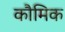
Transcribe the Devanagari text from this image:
कौमिक